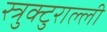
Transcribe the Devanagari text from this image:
स्त्रुक्टुराल्ली